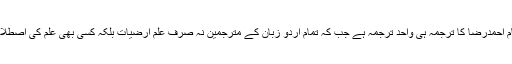
علمِ ارضیات کی اصطلاح میں صرف امام احمدرضا کا ترجمہ ہی واحد ترجمہ ہے جب کہ تمام اردو زبان کے مترجمین نہ صرف علم ِارضیات بلکہ کسی بھی علم کی اصطلاحا ت میں ان آیات کا ترجمہ نہ کرسکے۔